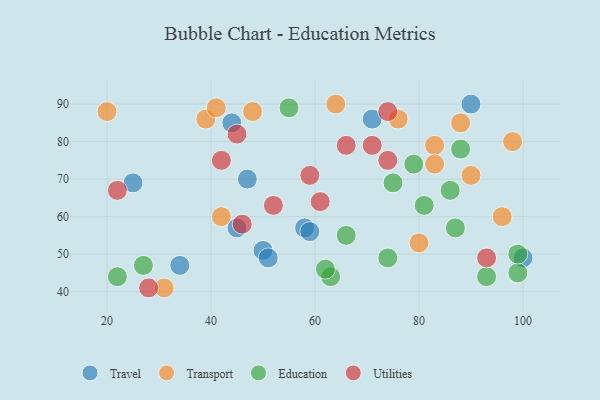
{"axis": {"x": "GDP", "y": "Life Expectancy"}, "legend": ["Education", "Transport", "Travel", "Utilities"], "data": [{"x": "58", "y": 57, "type": "Travel"}, {"x": "47", "y": 70, "type": "Travel"}, {"x": "25", "y": 69, "type": "Travel"}, {"x": "45", "y": 57, "type": "Travel"}, {"x": "50", "y": 51, "type": "Travel"}, {"x": "51", "y": 49, "type": "Travel"}, {"x": "100", "y": 49, "type": "Travel"}, {"x": "90", "y": 90, "type": "Travel"}, {"x": "59", "y": 56, "type": "Travel"}, {"x": "71", "y": 86, "type": "Travel"}, {"x": "34", "y": 47, "type": "Travel"}, {"x": "44", "y": 85, "type": "Travel"}, {"x": "80", "y": 53, "type": "Transport"}, {"x": "96", "y": 60, "type": "Transport"}, {"x": "98", "y": 80, "type": "Transport"}, {"x": "42", "y": 60, "type": "Transport"}, {"x": "90", "y": 71, "type": "Transport"}, {"x": "48", "y": 88, "type": "Transport"}, {"x": "31", "y": 41, "type": "Transport"}, {"x": "39", "y": 86, "type": "Transport"}, {"x": "88", "y": 85, "type": "Transport"}, {"x": "83", "y": 79, "type": "Transport"}, {"x": "20", "y": 88, "type": "Transport"}, {"x": "41", "y": 89, "type": "Transport"}, {"x": "76", "y": 86, "type": "Transport"}, {"x": "64", "y": 90, "type": "Transport"}, {"x": "83", "y": 74, "type": "Transport"}, {"x": "63", "y": 44, "type": "Education"}, {"x": "99", "y": 45, "type": "Education"}, {"x": "79", "y": 74, "type": "Education"}, {"x": "22", "y": 44, "type": "Education"}, {"x": "75", "y": 69, "type": "Education"}, {"x": "55", "y": 89, "type": "Education"}, {"x": "86", "y": 67, "type": "Education"}, {"x": "88", "y": 78, "type": "Education"}, {"x": "74", "y": 49, "type": "Education"}, {"x": "81", "y": 63, "type": "Education"}, {"x": "62", "y": 46, "type": "Education"}, {"x": "99", "y": 50, "type": "Education"}, {"x": "93", "y": 44, "type": "Education"}, {"x": "27", "y": 47, "type": "Education"}, {"x": "87", "y": 57, "type": "Education"}, {"x": "66", "y": 55, "type": "Education"}, {"x": "45", "y": 82, "type": "Utilities"}, {"x": "74", "y": 88, "type": "Utilities"}, {"x": "59", "y": 71, "type": "Utilities"}, {"x": "71", "y": 79, "type": "Utilities"}, {"x": "52", "y": 63, "type": "Utilities"}, {"x": "46", "y": 58, "type": "Utilities"}, {"x": "28", "y": 41, "type": "Utilities"}, {"x": "66", "y": 79, "type": "Utilities"}, {"x": "42", "y": 75, "type": "Utilities"}, {"x": "74", "y": 75, "type": "Utilities"}, {"x": "22", "y": 67, "type": "Utilities"}, {"x": "61", "y": 64, "type": "Utilities"}, {"x": "93", "y": 49, "type": "Utilities"}]}